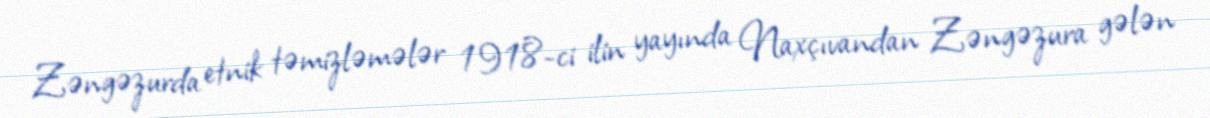
Zəngəzurda etnik təmizləmələr 1918-ci ilin yayında Naxçıvandan Zəngəzura gələn